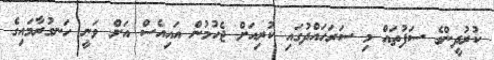
ކުރުދީންގެ ސަފުތައް މި ސަރަހައްދުގައި ކުރިއަށް ޖެހުމުން އައިއެސް އަށް ވަނީ ހަނގުރާމައިގެ